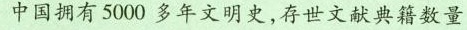
中国拥有5000多年文明史，存世文献典籍数量